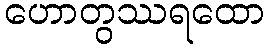
ဟောတွဿရထော